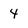
Character: 4